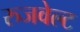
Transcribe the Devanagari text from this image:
रुजवेल्ट